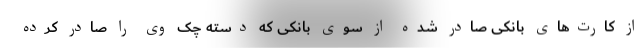
از کارت‌های بانکی صادر شده از سوی بانکی که دسته چک وی را صادر کرده